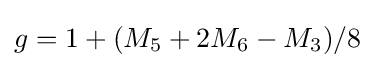
g=1+(M_{5}+2M_{6}-M_{3})/8